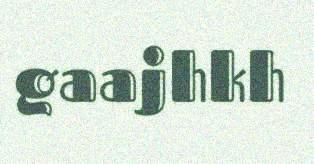
gaajhkh